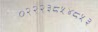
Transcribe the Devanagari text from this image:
०२२२३८५४८५३